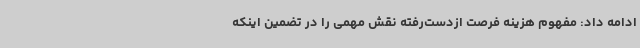
ادامه داد: مفهوم هزینه فرصت ازدست‌رفته نقش مهمی را در تضمین اینکه